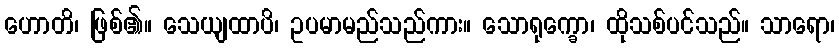
ဟောတိ၊ ဖြစ်၏။ သေယျထာပိ၊ ဥပမာမည်သည်ကား။ သောရုက္ခော၊ ထိုသစ်ပင်သည်။ သာရော၊